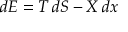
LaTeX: d E = T \, d S - X \, d x